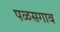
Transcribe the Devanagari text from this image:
पळसगाव